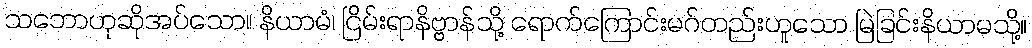
သဘောဟုဆိုအပ်သော။ နိယာမံ၊ ငြိမ်းရာနိဗ္ဗာန်သို့ ရောက်ကြောင်းမဂ်တည်းဟူသော မြဲခြင်းနိယာမသို့။